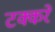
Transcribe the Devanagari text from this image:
टक्करे